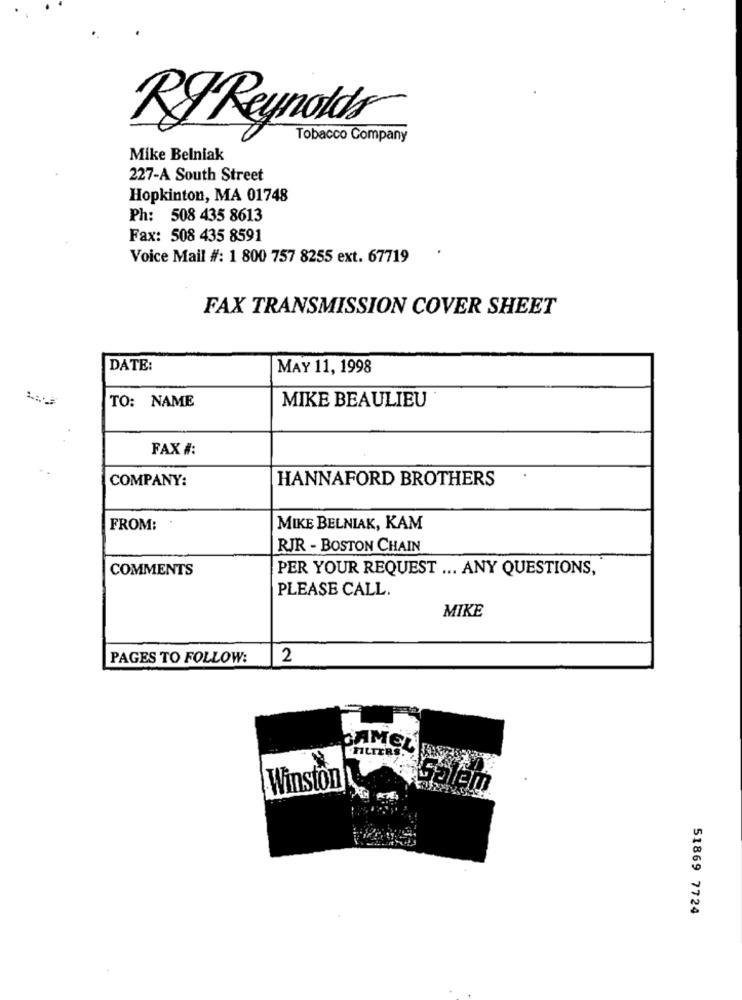
RJ Reynolds
Tobacco Company
Mike Belniak
227-A South Street
Hopkinton, MA 01748
Ph: 508 435 8613
Fax: 508 435 8591
Voice Mail #: 1 800 757 8255 ext. 67719
FAX TRANSMISSION COVER SHEET
DATE:
MAY 11, 1998
TO: NAME
MIKE BEAULIEU
FAX #:
COMPANY:
HANNAFORD BROTHERS
FROM: .
MIKE BELNIAK, KAM
RJR - BOSTON CHAIN
COMMENTS
PER YOUR REQUEST ... ANY QUESTIONS,
PLEASE CALL.
MIKE
PAGES TO FOLLOW:
2
CAMEL
ALTERS.
Winston
51869 7724